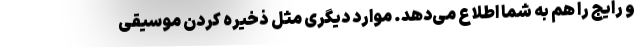
و رایج را هم به شما اطلاع می‌دهد. موارد دیگری مثل ذخیره کردن موسیقی